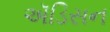
ઍડિસન